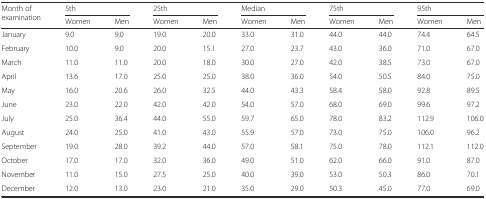
| <ROWSPAN=2> Month of examination | <COLSPAN=2> 5th | <COLSPAN=2> 25th | <COLSPAN=2> Median | <COLSPAN=2> 75th | <COLSPAN=2> 95th |
 | Women | Men | Women | Men | Women | Men | Women | Men | Women | Men |
 | --- | --- | --- | --- | --- | --- | --- | --- | --- | --- | --- |
 | January | 9.0 | 9.0 | 19.0 | 20.0 | 33.0 | 31.0 | 44.0 | 44.0 | 74.4 | 64.5 |
 | February | 10.0 | 9.0 | 20.0 | 15.1 | 27.0 | 23.7 | 43.0 | 36.0 | 71.0 | 67.0 |
 | March | 11.0 | 11.0 | 20.0 | 18.0 | 30.0 | 27.0 | 42.0 | 38.5 | 73.0 | 67.0 |
 | April | 13.6 | 17.0 | 25.0 | 25.0 | 38.0 | 36.0 | 54.0 | 50.5 | 84.0 | 75.0 |
 | May | 16.0 | 20.6 | 26.0 | 32.5 | 44.0 | 43.3 | 58.4 | 58.0 | 92.8 | 89.5 |
 | June | 23.0 | 22.0 | 42.0 | 42.0 | 54.0 | 57.0 | 68.0 | 69.0 | 99.6 | 97.2 |
 | July | 25.0 | 36.4 | 44.0 | 55.0 | 59.7 | 65.0 | 78.0 | 83.2 | 112.9 | 106.0 |
 | August | 24.0 | 25.0 | 41.0 | 43.0 | 55.9 | 57.0 | 73.0 | 75.0 | 106.0 | 96.2 |
 | September | 19.0 | 28.0 | 39.2 | 44.0 | 57.0 | 58.1 | 75.0 | 78.0 | 112.1 | 112.0 |
 | October | 17.0 | 17.0 | 32.0 | 36.0 | 49.0 | 51.0 | 62.0 | 66.0 | 91.0 | 87.0 |
 | November | 11.0 | 15.0 | 27.5 | 25.0 | 40.0 | 39.0 | 53.0 | 50.3 | 86.0 | 70.1 |
 | December | 12.0 | 13.0 | 23.0 | 21.0 | 35.0 | 29.0 | 50.3 | 45.0 | 77.0 | 69.0 |